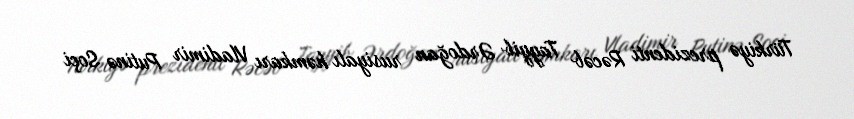
Türkiyə prezidenti Rəcəb Tayyib Ərdoğan rusiyalı həmkarı Vladimir Putinə Soçi